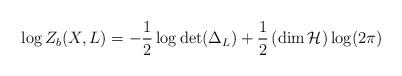
LaTeX: \begin{align*}\log Z_b(X,L) = -\frac{1}{2} \log{\det(\Delta_L) } +\frac{1}{2} \left( \dim \mathcal{H} \right) \log( 2 \pi)\end{align*}